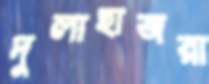
দুলাহাজরা